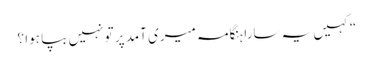
“کہیں یہ سارا ہنگامہ میری آمد پر تو نہیں بپا ہوا ؟